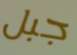
جبل